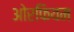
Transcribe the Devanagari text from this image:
ओरफियम